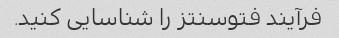
فرآیند فتوسنتز را شناسایی کنید.